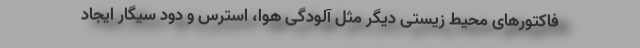
فاکتور‌های محیط زیستی دیگر مثل آلودگی هوا، استرس و دود سیگار ایجاد